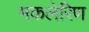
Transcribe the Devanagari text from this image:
मकलेरिण